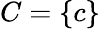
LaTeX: C=\{ c\}